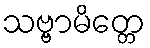
သဗ္ဗာမိတ္တေ